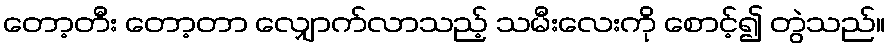
တော့တီး တော့တာ လျှောက်လာသည့် သမီးလေးကို စောင့်၍ တွဲသည်။